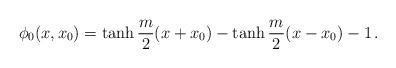
LaTeX: \begin{align*}\phi_0(x,x_0) = \tanh\frac{m}{2}(x+x_0) - \tanh\frac{m}{2}(x-x_0) - 1\, .\end{align*}